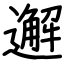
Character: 邂